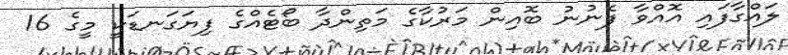
ލައްގާފައި އޮއްވާ ފެނުނު ބޮއިން މަރުކާގެ މަތިންދާ ބޯޓެއްގެ ފިޔަގަނޑަކީ މީގެ 16